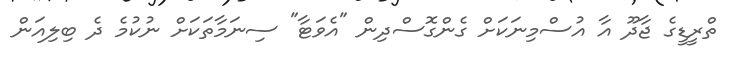
ތްރީޑީގެ ޖާދޫ އާ އުސްމިނަކަށް ގެންގޮސްދިން "އެވަޓާ" ސިނަމާތަކަށް ނުކުމެ ދެ ބިލިއަން